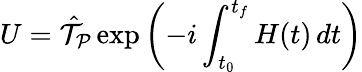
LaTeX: U=\hat{\cal T}_{\cal P}\exp\left(-i\int_{t_{0}}^{t_{f}}H(t)\, dt\right)